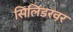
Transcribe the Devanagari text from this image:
सिलिंडरवर